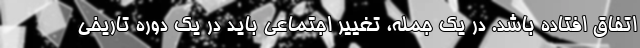
اتفاق افتاده باشد. در یک جمله، تغییر اجتماعی باید در یک دوره تاریخی